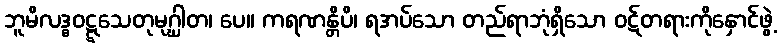
ဘူမိလဒ္ဓဝဋ္ဋသေတုမုဂ္ဃါတ၊ ပေ။ ကရဏန္တိပိ၊ ရအပ်သော တည်ရာဘုံရှိသော ဝဋ်တရားကိုနှောင်ဖွဲ့